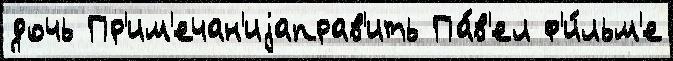
дочь Пр'им'ечан'иjаправ'ить Па́в'ел ф'и́льм'е